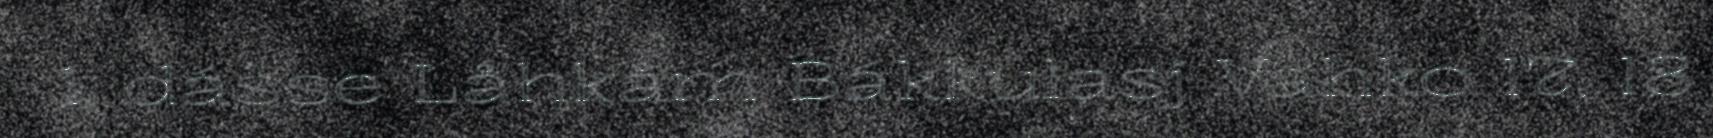
1. dásse Låhkåm Bákkulasj Vahko 17, 18